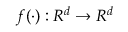
f ( \cdot ) : R ^ { d } \rightarrow R ^ { d }